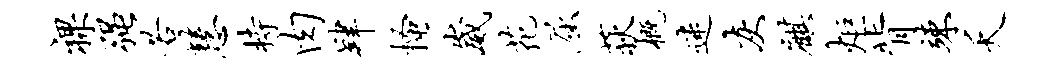
裸强若慧持肉肄搔崴花屈荻概迷灰麒炬背竦夭